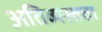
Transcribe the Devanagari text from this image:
अतिव्यस्तता